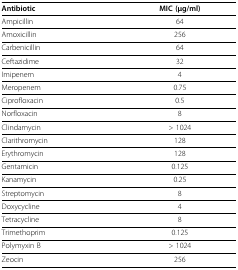
<table><thead><tr><td><b>Antibiotic</b></td><td><b>MIC (μg/ml)</b></td></tr></thead><tbody><tr><td>Ampicillin</td><td>64</td></tr><tr><td>Amoxicillin</td><td>256</td></tr><tr><td>Carbenicillin</td><td>64</td></tr><tr><td>Ceftazidime</td><td>32</td></tr><tr><td>Imipenem</td><td>4</td></tr><tr><td>Meropenem</td><td>0.75</td></tr><tr><td>Ciprofloxacin</td><td>0.5</td></tr><tr><td>Norfloxacin</td><td>8</td></tr><tr><td>Clindamycin</td><td>&gt; 1024</td></tr><tr><td>Clarithromycin</td><td>128</td></tr><tr><td>Erythromycin</td><td>128</td></tr><tr><td>Gentamicin</td><td>0.125</td></tr><tr><td>Kanamycin</td><td>0.25</td></tr><tr><td>Streptomycin</td><td>8</td></tr><tr><td>Doxycycline</td><td>4</td></tr><tr><td>Tetracycline</td><td>8</td></tr><tr><td>Trimethoprim</td><td>0.125</td></tr><tr><td>Polymyxin B</td><td>&gt; 1024</td></tr><tr><td>Zeocin</td><td>256</td></tr></tbody></table>